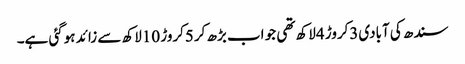
سندھ کی آبادی3کروڑ 4لاکھ تھی جو اب بڑھ کر5کروڑ 10لاکھ سے زائد ہوگئی ہے۔